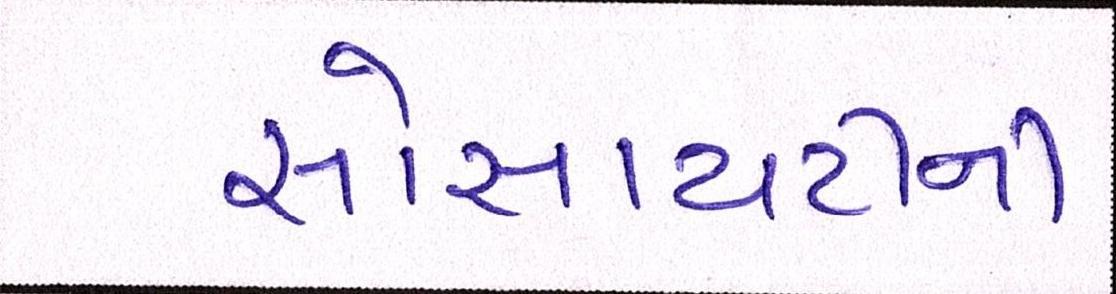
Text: સોસાયટીની